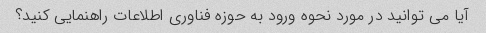
آیا می توانید در مورد نحوه ورود به حوزه فناوری اطلاعات راهنمایی کنید؟